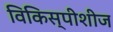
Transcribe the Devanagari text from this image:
विकिस्पीशीज